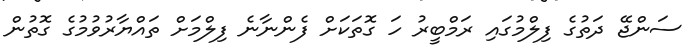
ސަންޖޭ ދަތުގެ ފިލްމުގައި ރަމްބީރު ހަ ގޮތަކަށް ފެންނާނެ ފިލްމަށް ތައްޔާރުވުމުގެ ގޮތުން